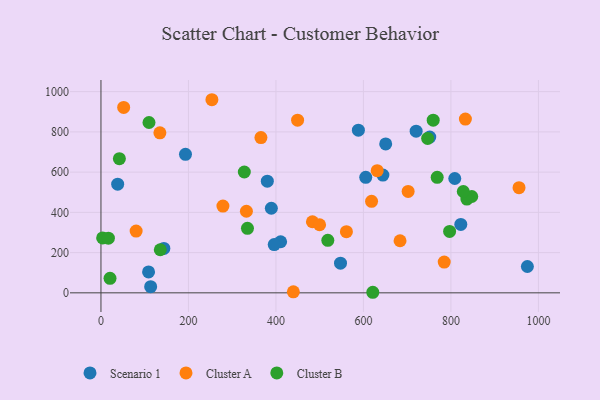
{"axis": {"x": "Ad Spend", "y": "Exam Score"}, "legend": ["Cluster A", "Cluster B", "Scenario 1"], "data": [{"x": "113.6", "y": 30.6, "type": "Scenario 1"}, {"x": "650.9", "y": 740.2, "type": "Scenario 1"}, {"x": "588.5", "y": 808.7, "type": "Scenario 1"}, {"x": "751.6", "y": 774.4, "type": "Scenario 1"}, {"x": "644.5", "y": 585.1, "type": "Scenario 1"}, {"x": "547.6", "y": 147.4, "type": "Scenario 1"}, {"x": "605.3", "y": 574.3, "type": "Scenario 1"}, {"x": "808.8", "y": 568.4, "type": "Scenario 1"}, {"x": "389.5", "y": 420.3, "type": "Scenario 1"}, {"x": "380.3", "y": 555.1, "type": "Scenario 1"}, {"x": "720.5", "y": 803.3, "type": "Scenario 1"}, {"x": "193.2", "y": 688.2, "type": "Scenario 1"}, {"x": "38.2", "y": 539.9, "type": "Scenario 1"}, {"x": "410.7", "y": 253.9, "type": "Scenario 1"}, {"x": "974.8", "y": 130.8, "type": "Scenario 1"}, {"x": "396.1", "y": 239.9, "type": "Scenario 1"}, {"x": "143.8", "y": 220.6, "type": "Scenario 1"}, {"x": "108.8", "y": 103.7, "type": "Scenario 1"}, {"x": "822.6", "y": 339.8, "type": "Scenario 1"}, {"x": "80.4", "y": 307.2, "type": "Cluster A"}, {"x": "483.4", "y": 353.4, "type": "Cluster A"}, {"x": "561.1", "y": 303.9, "type": "Cluster A"}, {"x": "134.7", "y": 795.5, "type": "Cluster A"}, {"x": "253.6", "y": 959.8, "type": "Cluster A"}, {"x": "278.8", "y": 431.4, "type": "Cluster A"}, {"x": "784.7", "y": 152.9, "type": "Cluster A"}, {"x": "499.8", "y": 338.5, "type": "Cluster A"}, {"x": "955.7", "y": 522.7, "type": "Cluster A"}, {"x": "683.7", "y": 259.0, "type": "Cluster A"}, {"x": "332.5", "y": 405.5, "type": "Cluster A"}, {"x": "365.7", "y": 771.6, "type": "Cluster A"}, {"x": "702.2", "y": 503.9, "type": "Cluster A"}, {"x": "833.1", "y": 863.4, "type": "Cluster A"}, {"x": "439.8", "y": 4.9, "type": "Cluster A"}, {"x": "631.5", "y": 607.3, "type": "Cluster A"}, {"x": "618.6", "y": 454.9, "type": "Cluster A"}, {"x": "449.5", "y": 858.2, "type": "Cluster A"}, {"x": "51.9", "y": 921.5, "type": "Cluster A"}, {"x": "334.9", "y": 320.7, "type": "Cluster B"}, {"x": "3.8", "y": 273.0, "type": "Cluster B"}, {"x": "17.0", "y": 271.5, "type": "Cluster B"}, {"x": "518.6", "y": 260.9, "type": "Cluster B"}, {"x": "759.5", "y": 858.1, "type": "Cluster B"}, {"x": "847.6", "y": 478.7, "type": "Cluster B"}, {"x": "836.5", "y": 466.0, "type": "Cluster B"}, {"x": "20.7", "y": 71.9, "type": "Cluster B"}, {"x": "327.7", "y": 600.6, "type": "Cluster B"}, {"x": "797.0", "y": 305.2, "type": "Cluster B"}, {"x": "109.8", "y": 846.7, "type": "Cluster B"}, {"x": "42.1", "y": 666.7, "type": "Cluster B"}, {"x": "768.6", "y": 574.2, "type": "Cluster B"}, {"x": "621.4", "y": 2.8, "type": "Cluster B"}, {"x": "828.3", "y": 503.6, "type": "Cluster B"}, {"x": "135.6", "y": 214.2, "type": "Cluster B"}, {"x": "746.8", "y": 767.7, "type": "Cluster B"}]}